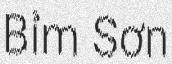
Bỉm Sơn